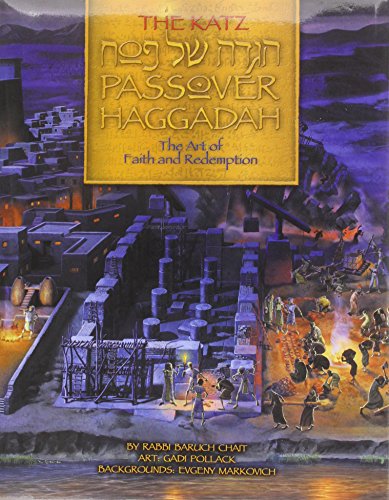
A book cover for The Katz Passover Haggadah: The Art of Faith and Redemption: The Lobos Edition (Bilingual Edition) (Hebrew Edition); Baruch Chait; Religion & Spirituality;